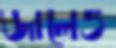
জালেও